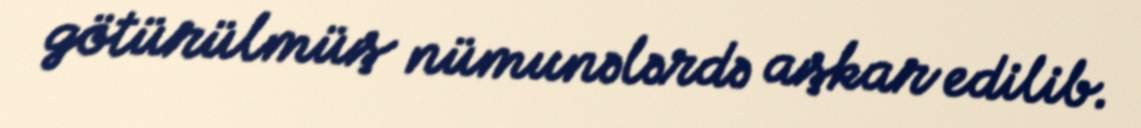
götürülmüş nümunələrdə aşkar edilib.